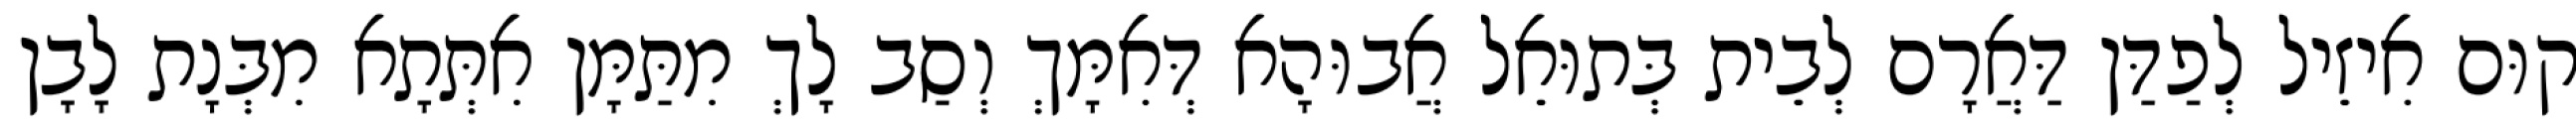
קוּם אִיזֵיל לְפַדַּן דַּאֲרָם לְבֵית בְּתוּאֵל אֲבוּהָא דְּאִמָּךְ וְסַב לָךְ מִתַּמָּן אִתְּתָא מִבְּנָת לָבָן